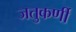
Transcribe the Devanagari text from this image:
जतुकर्णी